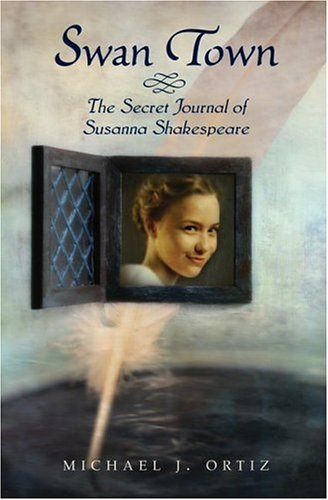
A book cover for Swan Town: The Secret Journal of Susanna Shakespeare; Michael J. Ortiz; Children's Books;